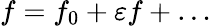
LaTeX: f=f_{0}+\varepsilon f+\dots